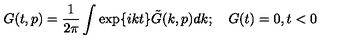
G ( t , p ) = \frac { 1 } { 2 \pi } \int \exp \{ i k t \} \tilde { G } ( k , p ) d k ; \quad G ( t ) = 0 , t < 0